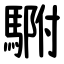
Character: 䮛